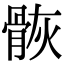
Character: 𩨿